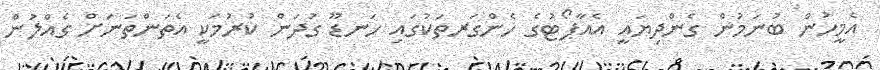
އެމީހުން ބުނަމުން ގެންދިޔައީ އެއާޕޯޓުގެ ހެންގަރތަކުގައި ހަނޑޫ ގުދަން ކުރުމަކީ އެތަންތަނަށް ގެއްލުން